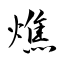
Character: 燋